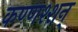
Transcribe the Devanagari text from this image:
कण्णश्शन्